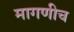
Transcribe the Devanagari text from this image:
मागणीच